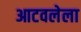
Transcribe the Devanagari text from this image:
आटवलेला